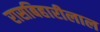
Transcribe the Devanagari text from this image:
रासबिहारीलाल